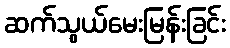
ဆက်သွယ်မေးမြန်းခြင်း